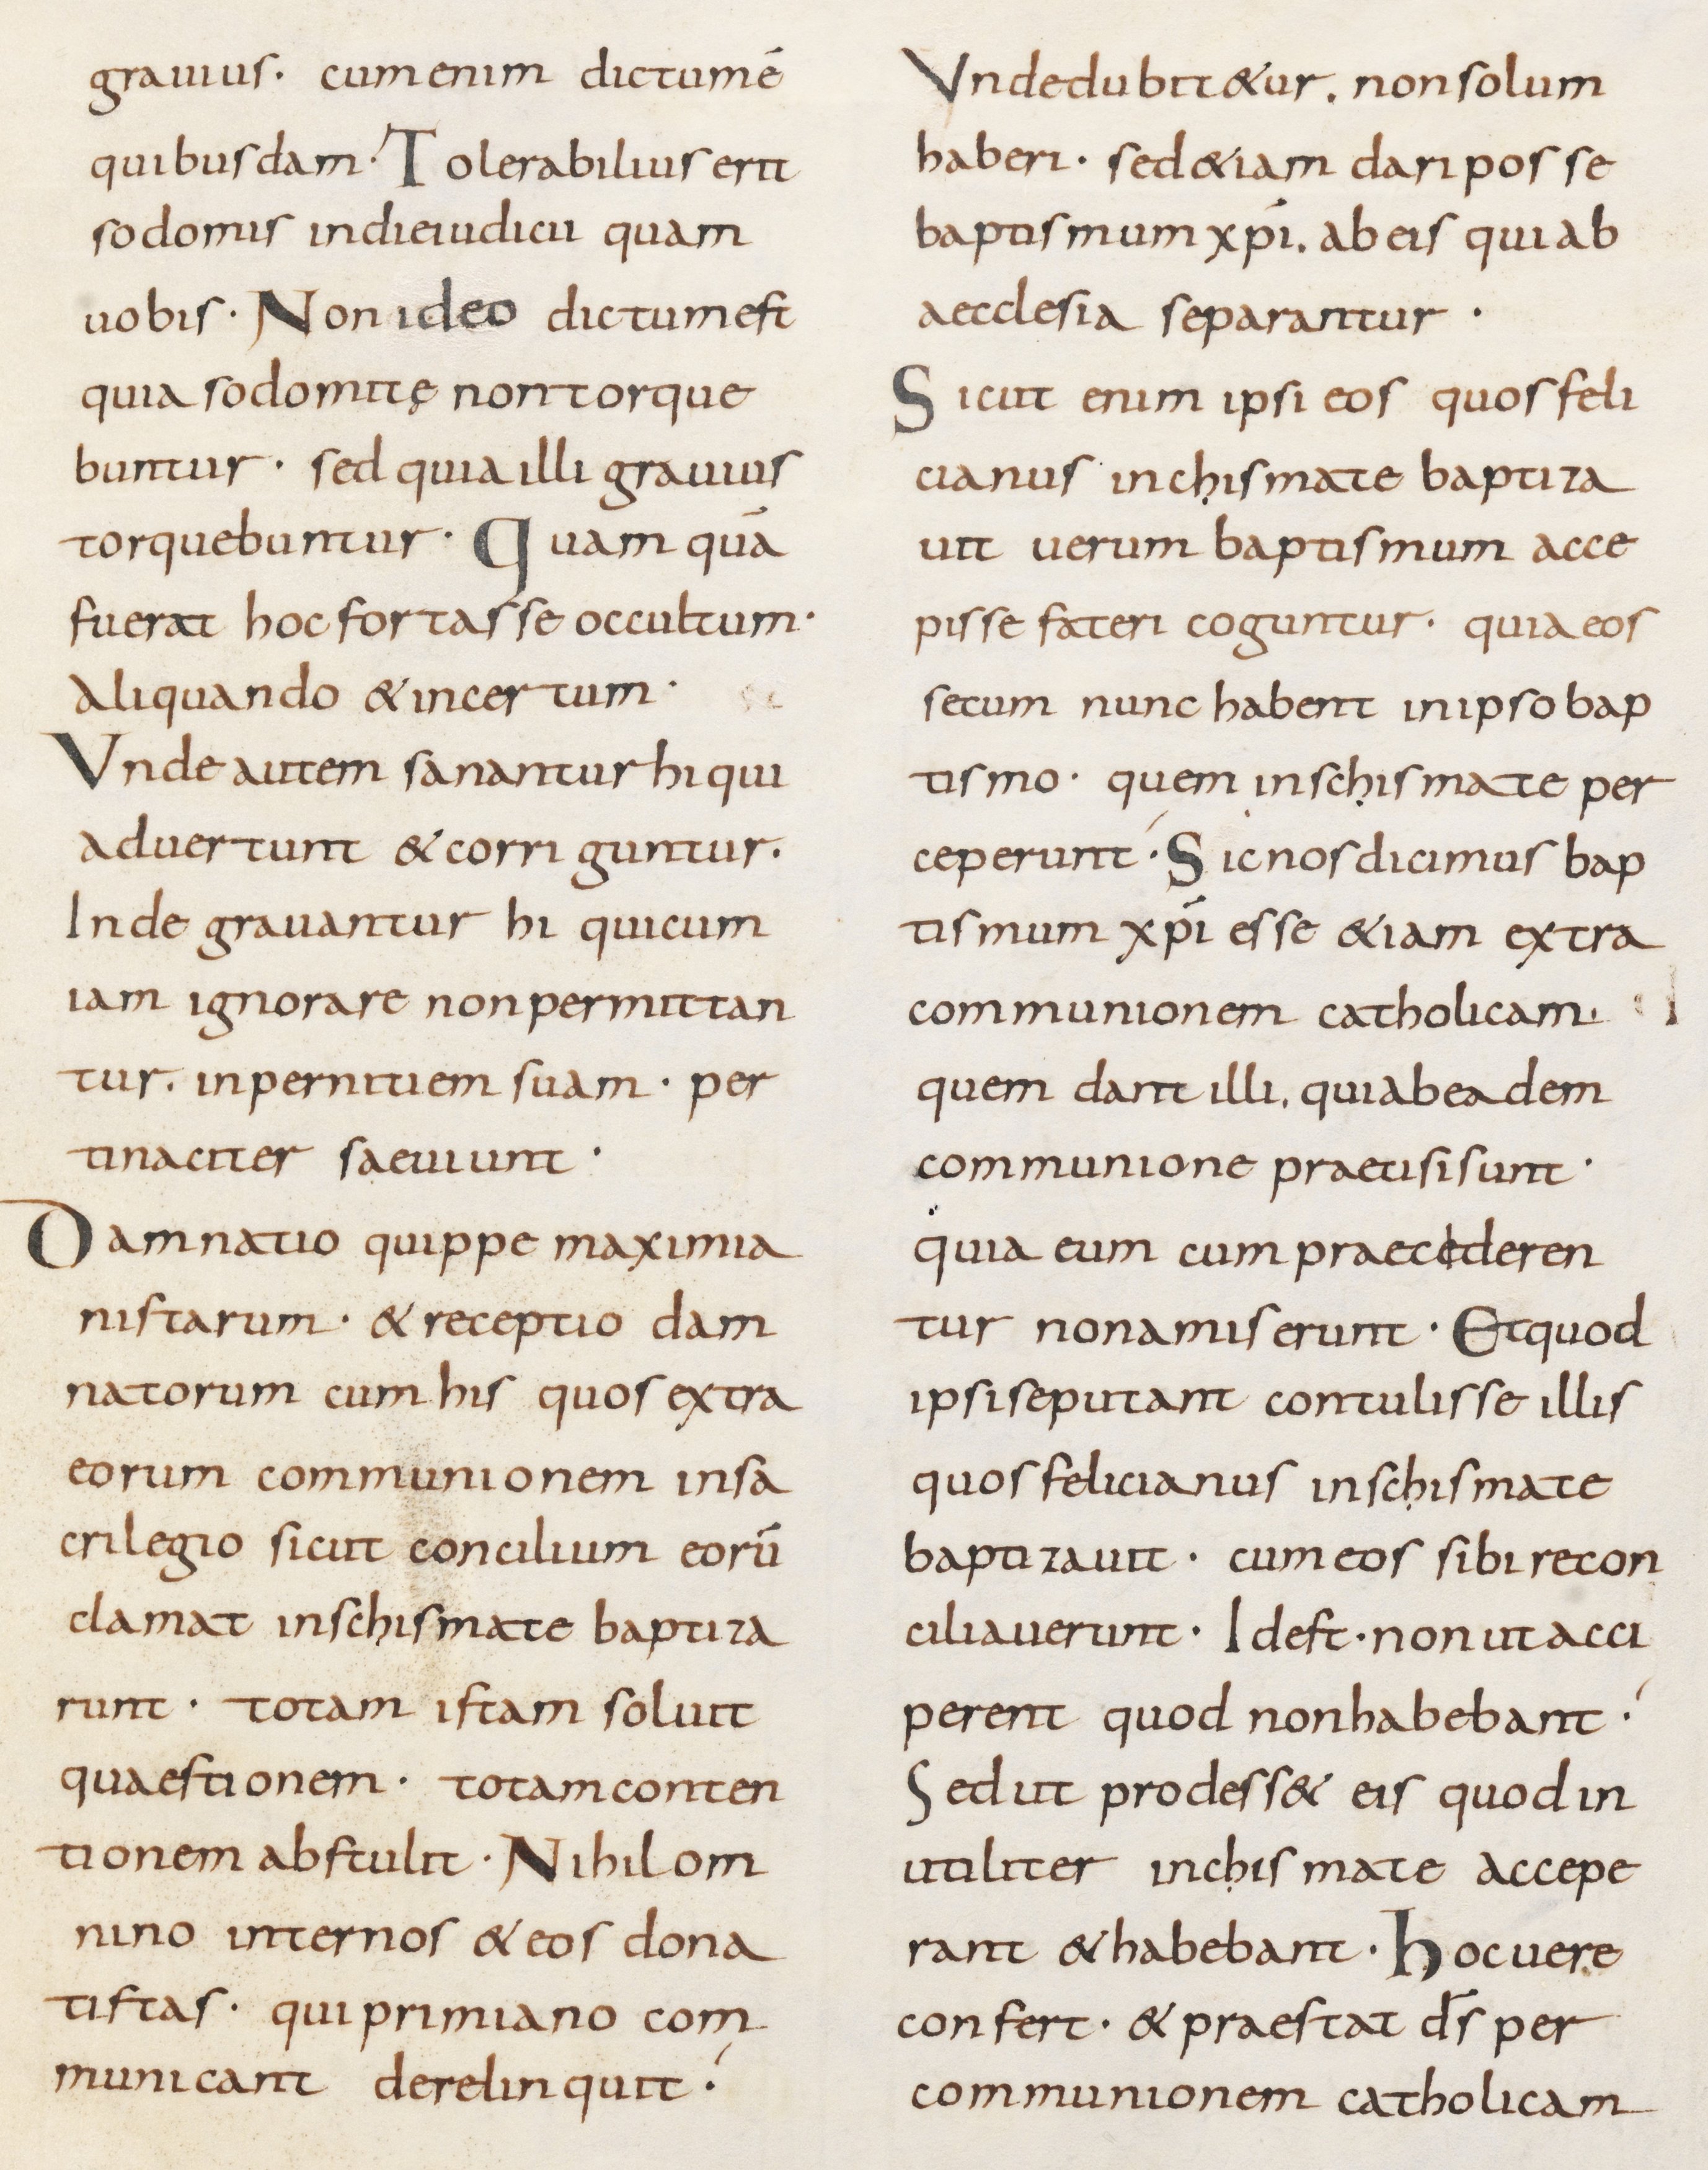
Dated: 800–899